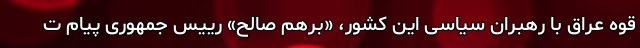
قوه عراق با رهبران سیاسی این کشور، «برهم صالح» رییس جمهوری پیام ت